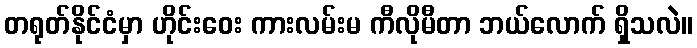
တရုတ်နိုင်ငံမှာ ဟိုင်းဝေး ကားလမ်းမ ကီလိုမီတာ ဘယ်လောက် ရှိသလဲ။